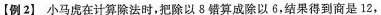
【例2】小马虎在计算除法时，把除以3错算成除以6，结果得到商是12，